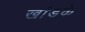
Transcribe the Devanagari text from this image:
खांडके